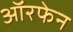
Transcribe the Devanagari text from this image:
ऑरफेन